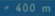
<400m